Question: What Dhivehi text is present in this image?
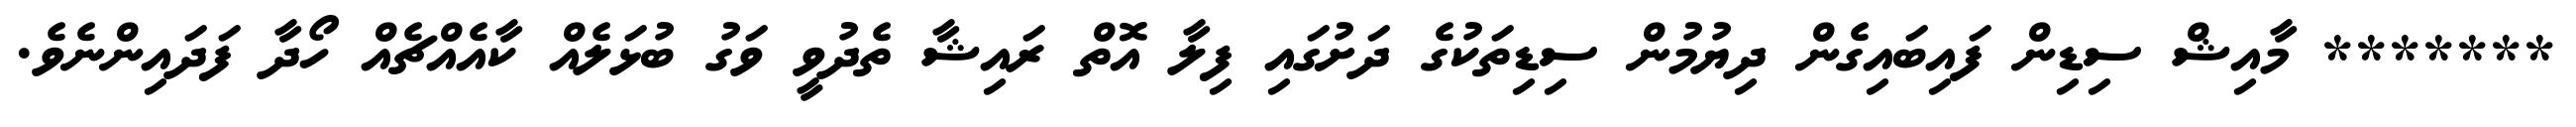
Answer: ******* މާއިޝް ސިޑިން ފައިބައިގެން ދިޔުމުން ސިޑިތަކުގެ ދަށުގައި ފިލާ އޮތް ރައިޝާ ތެދުވީ ވަގު ބުޅަލެއް ކާއެއްޗެއް ހޯދާ ފަދައިންނެވެ.